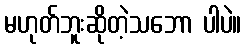
မဟုတ်ဘူးဆိုတဲ့သဘော ပါပဲ။